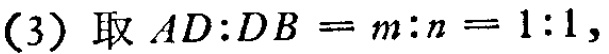
(3) 取 \(AD:DB = m:n = 1:1\)，